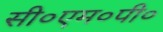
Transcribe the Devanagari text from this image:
सी०एम०पी०